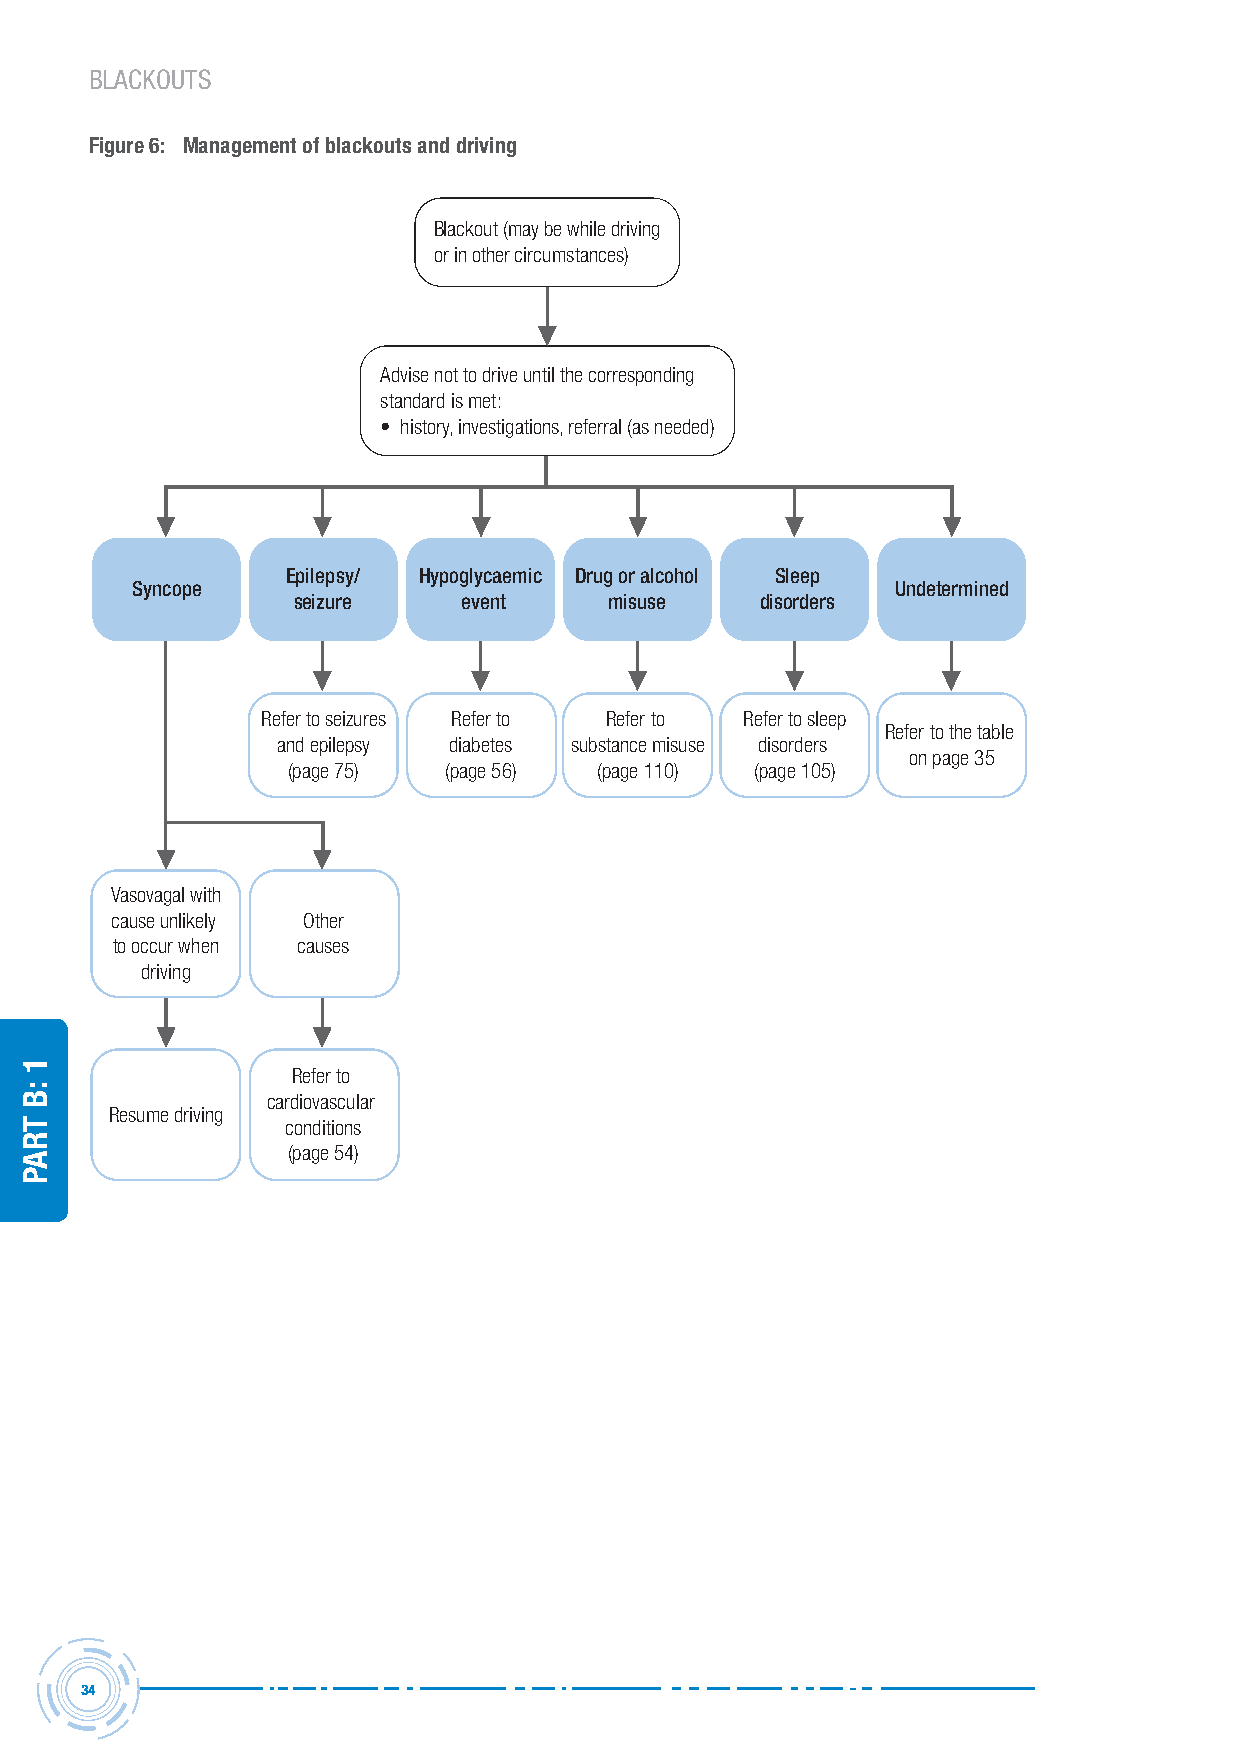
BLACKOUTS
 Figure 6: Management of blackouts and driving
 Blackout (may be while driving
 or in other circumstances)
 Advise not to drive until the corresponding
 standard is met:
 • history, investigations, referral (as needed)
 Epilepsy/ Hypoglycaemic Drug or alcohol Sleep
 Syncope                                           Undetermined
 seizure     event    misuse    disorders
 Refer to seizures Refer to Refer to Refer to sleep
 Refer to the table
 and epilepsy diabetes substance misuse disorders
 on page 35
 (page 75) (page 56) (page 110) (page 105)
 Vasovagal with
 cause unlikely Other
 to occur when causes
 driving
 Refer to
 cardiovascular
 Resume driving
 conditions
 (page 54)
 34
 1
 :B
 traP